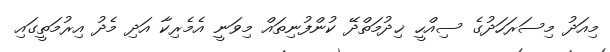
މިއަދު މިސަރަހަދުގެ ސިއްހީ ޚިދުމަތްދޭ ކުންފުނިތައް މިވަނީ އެމެރިކާ އަދި މެދު އިރުމަތީގައި